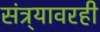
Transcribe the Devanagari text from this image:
संत्र्यावरही